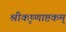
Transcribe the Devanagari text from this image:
श्रीकृष्णाष्टकम्‌